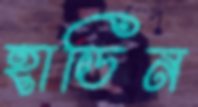
হাডিন